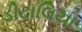
ડીટાલિયા